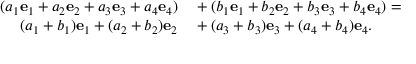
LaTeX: \begin{array} { r l } { ( a _ { 1 } { \mathbf { e } } _ { 1 } + a _ { 2 } { \mathbf { e } } _ { 2 } + a _ { 3 } { \mathbf { e } } _ { 3 } + a _ { 4 } { \mathbf { e } } _ { 4 } ) } & { { } + ( b _ { 1 } { \mathbf { e } } _ { 1 } + b _ { 2 } { \mathbf { e } } _ { 2 } + b _ { 3 } { \mathbf { e } } _ { 3 } + b _ { 4 } { \mathbf { e } } _ { 4 } ) = } \\ { ( a _ { 1 } + b _ { 1 } ) { \mathbf { e } } _ { 1 } + ( a _ { 2 } + b _ { 2 } ) { \mathbf { e } } _ { 2 } } & { { } + ( a _ { 3 } + b _ { 3 } ) { \mathbf { e } } _ { 3 } + ( a _ { 4 } + b _ { 4 } ) { \mathbf { e } } _ { 4 } . } \end{array}